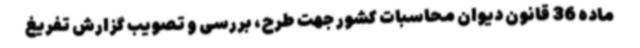
ماده 36 قانون دیوان محاسبات کشور جهت طرح، بررسی و تصویب گزارش تفریغ